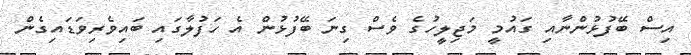
އިސް ބޭފުޅުންނާއި ގައުމީ މަޖިލީހުގެ ވެސް ގިނަ ބޭފުޅުން އެ ހަފުލާގައި ބައިވެރިވަޑައިގެން